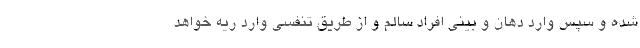
شده و سپس وارد دهان و بینی افراد سالم و از طریق تنفسی وارد ریه خواهد